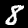
Digit: 8